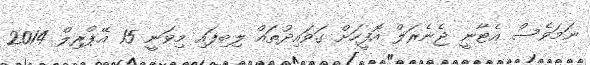
ނަމަވެސް އެޓާނީ ޖެނެރަލް އޮފީހަށް ގަވައިދުތައް ލިބިފައި މިވަނީ 15 އޭޕްރިލް 2014